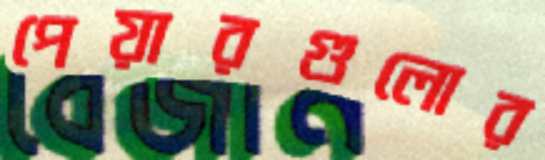
পেয়ারগুলোর